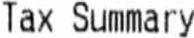
TAX SUMMARY